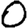
Digit: 0